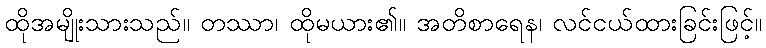
ထိုအမျိုးသားသည်။ တဿာ၊ ထိုမယား၏။ အတိစာရေန၊ လင်ငယ်ထားခြင်းဖြင့်။